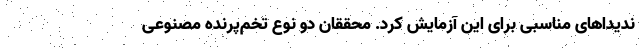
ندیداهای مناسبی برای این آزمایش کرد. محققان دو نوع تخم‌پرنده مصنوعی